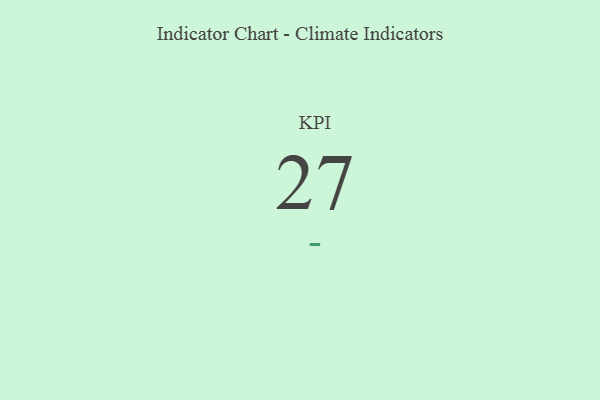
{"axis": {"x": "KPI", "y": "Value"}, "legend": [""], "data": [{"x": "KPI", "y": 27, "type": ""}]}